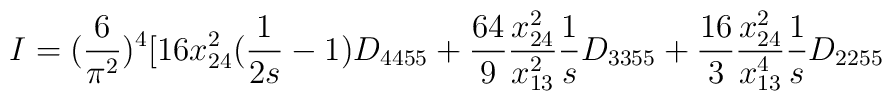
I=(\frac{6}{\pi^{2}})^{4}[16 x_{24}^{2} (\frac{1}{2s}-1) D_{4455} + \frac{64}{9}\frac{x_{24}^{2}}{x_{13}^{2}}\frac{1}{s} D_{3355} + \frac{16}{3}\frac{x_{24}^{2}}{x_{13}^{4}}\frac{1}{s} D_{2255}